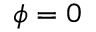
\phi = 0